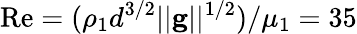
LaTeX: \mathrm{Re}=(\rho_{1}d^{3/2}||\textbf{g}||^{1/2})/\mu_{1}=35